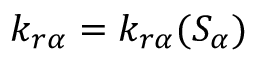
k _ { r \alpha } = k _ { r \alpha } ( S _ { \alpha } )